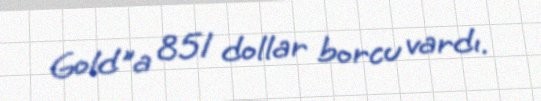
Gold"a 851 dollar borcu vardı.